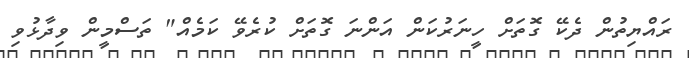
ރައްޔިތުން ދެކޭ ގޮތަށް ހީނަރުކަން އަންނަ ގޮތަށް ކުރެވޭ ކަމެއް" ތަސްމީން ވިދާޅުވި